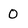
Character: 0